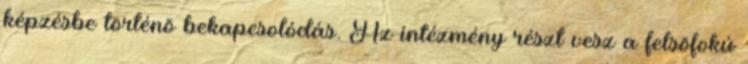
képzésbe történõ bekapcsolódás. Az intézmény részt vesz a felsõfokú